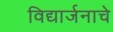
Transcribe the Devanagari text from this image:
विद्यार्जनाचे